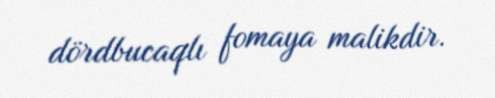
dördbucaqlı fomaya malikdir.